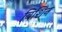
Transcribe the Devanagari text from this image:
विशिन